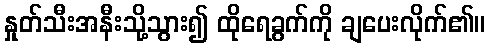
နှုတ်သီးအနီးသို့သွား၍ ထိုရေခွက်ကို ချပေးလိုက်၏။